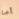
أما